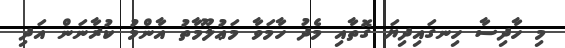
މި ހާދިސާ ހިނގައިދިޔަ ގޮތާއި މެދު ހާމަވާ މަޢުލޫމާތު އާންމު ކުރާނަން އަދި